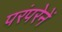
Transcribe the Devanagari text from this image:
परंपरेनें